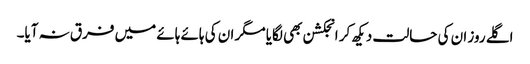
اگلے روز ان کی حالت دیکھ کر انجکشن بھی لگایا مگر ان کی ہائے ہائے میں فرق نہ آیا۔